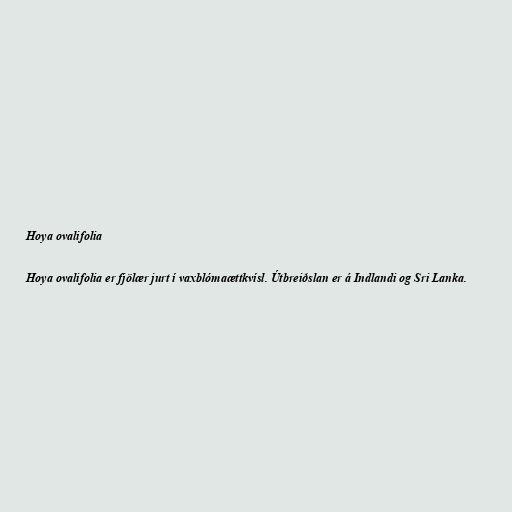
Hoya ovalifolia

Hoya ovalifolia er fjölær jurt í vaxblómaættkvísl. Útbreiðslan er á Indlandi og Sri Lanka.